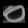
Digit: ၀